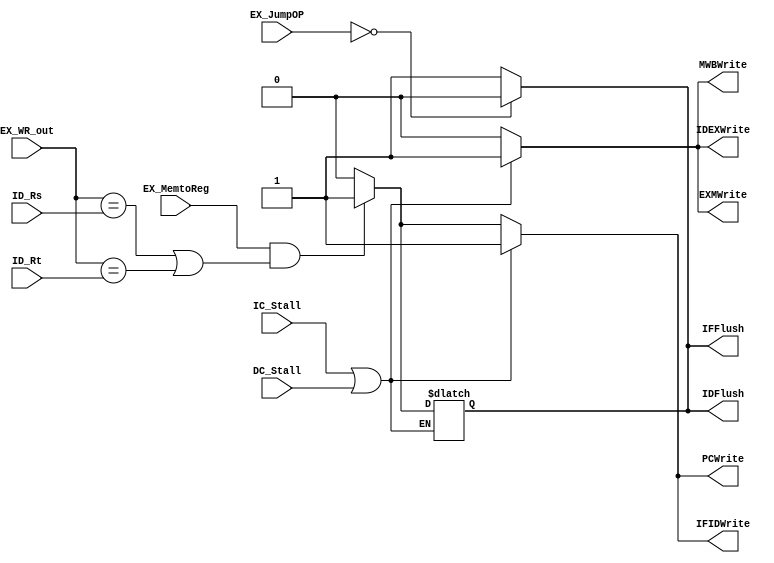
// Hazard Detection Unit

module HDU ( // input
			 ID_Rs,
             ID_Rt,
			 EX_WR_out,
			 EX_MemtoReg,
			 EX_JumpOP,
			 // output
			 // write your code in here
			PCWrite, IFIDWrite,IDFlush,IFFlush
			
			,IC_Stall,DC_Stall,IDEXWrite,EXMWrite,MWBWrite
			
			 );
	
	parameter bit_size = 32;
	
	input [4:0] ID_Rs;
	input [4:0] ID_Rt;
	input [4:0] EX_WR_out;
	input EX_MemtoReg;
	input [1:0] EX_JumpOP;
	
	// write your code in here
	
	output PCWrite, IFIDWrite,IDFlush,IFFlush; 
	reg PCWrite, IFIDWrite,IDFlush,IFFlush; 

	//-------------------------HW4
	input IC_Stall,DC_Stall;
	output IDEXWrite,EXMWrite,MWBWrite;
	reg IDEXWrite,EXMWrite,MWBWrite;
	
	
     
	always@(ID_Rs or ID_Rt or EX_WR_out or EX_MemtoReg or IC_Stall or DC_Stall) 
	begin
	
	if(IC_Stall==1'b1||DC_Stall==1'b1)
		begin
		PCWrite = 1;
		IFIDWrite = 1;
		IDEXWrite = 1;
		EXMWrite = 1;
		MWBWrite = 1;
		end

	else if(EX_MemtoReg&&((EX_WR_out == ID_Rs)||(EX_WR_out == ID_Rt))) 
		begin//stall 
		PCWrite = 1; 
		IFIDWrite = 1; 
		IDFlush = 1; 
		IDEXWrite = 0;
		EXMWrite = 0;
		MWBWrite = 0;
	end 

	else 
	begin//no stall 
		PCWrite = 0; 
        	IFIDWrite = 0; 
		IDFlush = 0;
		IDEXWrite = 0;
		EXMWrite = 0;
		MWBWrite = 0;
       	end 
	
	end


	
	always@ (EX_JumpOP)
	begin

	if(EX_JumpOP ==2'b00)
		begin
		IDFlush = 0;
		IFFlush = 0;
		end
	else 
		begin
		IDFlush = 1;
		IFFlush = 1;
		end
	end

	
endmodule